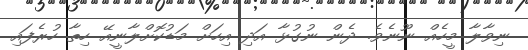
ނިވާލާ މީހެއް ނޫނެވެ. ދެން ނުގުޅާ އަދި އިހަށް މަޑުކޮށްލާނީއޭ ހިތާ ހުރެފައި